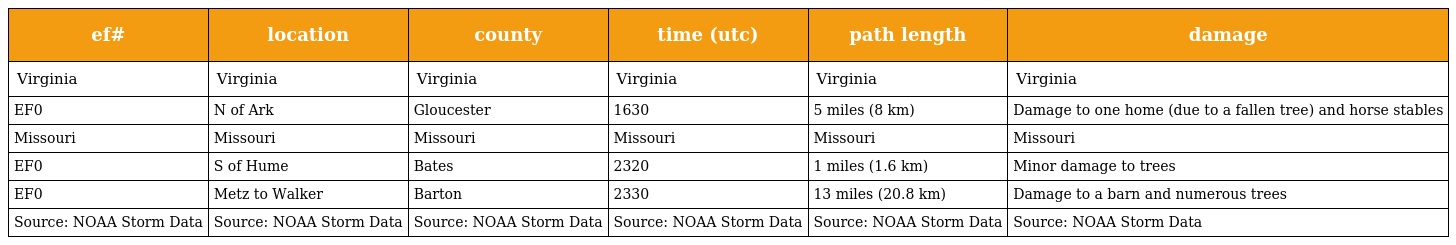
| ef# | location | county | time (utc) | path length | damage |
 | --- | --- | --- | --- | --- | --- |
 | Virginia | Virginia | Virginia | Virginia | Virginia | Virginia |
 | EF0 | N of Ark | Gloucester | 1630 | 5 miles (8 km) | Damage to one home (due to a fallen tree) and horse stables |
 | Missouri | Missouri | Missouri | Missouri | Missouri | Missouri |
 | EF0 | S of Hume | Bates | 2320 | 1 miles (1.6 km) | Minor damage to trees |
 | EF0 | Metz to Walker | Barton | 2330 | 13 miles (20.8 km) | Damage to a barn and numerous trees |
 | Source: NOAA Storm Data | Source: NOAA Storm Data | Source: NOAA Storm Data | Source: NOAA Storm Data | Source: NOAA Storm Data | Source: NOAA Storm Data |